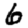
Digit: 6